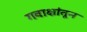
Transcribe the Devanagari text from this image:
गवाक्षांतून